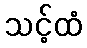
သင့်ထံ